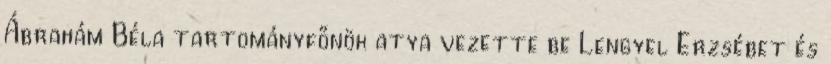
Ábrahám Béla tartományfőnök atya vezette be Lengyel Erzsébet és